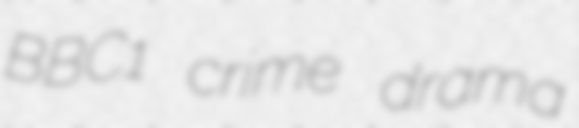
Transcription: BBC1 crime drama